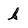
Character: k